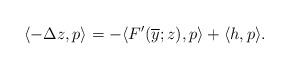
LaTeX: \begin{align*}\langle -\Delta z , p \rangle = - \langle F'(\overline{y}; z), p \rangle + \langle h, p \rangle.\end{align*}